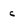
Character: c